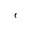
e